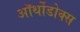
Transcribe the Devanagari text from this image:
ऑर्थोडोक्स